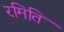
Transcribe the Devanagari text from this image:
रमिति